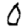
Digit: 0